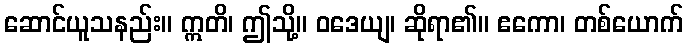
ဆောင်ယူသနည်း။ ဣတိ၊ ဤသို့။ ဝဒေယျ၊ ဆိုရာ၏။ ဧကော၊ တစ်ယောက်